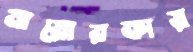
মায়োরকায়